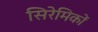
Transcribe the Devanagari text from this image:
सिरेमिकों